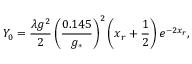
Y _ { 0 } = \frac { \lambda g ^ { 2 } } { 2 } \left( \frac { 0 . 1 4 5 } { g _ { * } } \right) ^ { 2 } \left( x _ { r } + \frac { 1 } { 2 } \right) e ^ { - 2 x _ { r } } ,